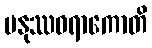
မနုဿဝရာကောတိ